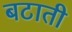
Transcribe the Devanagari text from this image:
बटाती